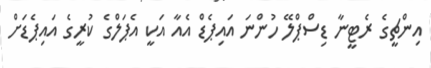
އިންޗީގެ ރެޓީނާ ޑިސްޕްލޭ ހުންނަ އައިޕެޑް އެއާ އަކީ އެޕަލްގެ ކުރީގެ އައިޕެޑަށް